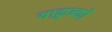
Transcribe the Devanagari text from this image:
याकुब्को